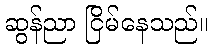
ဆွန်ညာ ငြိမ်နေသည်။